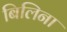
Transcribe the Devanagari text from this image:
बिलिना